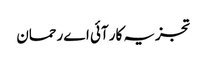
تجزیہ کار آئی اے رحمان